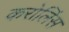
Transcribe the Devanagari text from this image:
करोलिंस